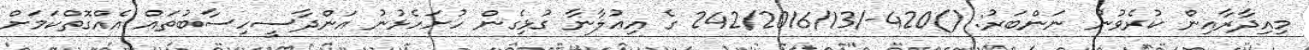
މިއިދާރާއިން ކުރެވުނު ނަންބަރު: ()420-/242/2016/13 ގެ އިޢުލާނާ ގުޅިގެން ހުށަހެޅުނު އަންދާސީހިސާބުތައް އެއްގޮތްކަމަށް